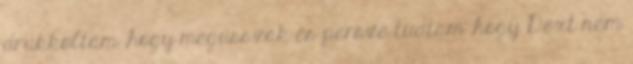
drukkoltam ,hogy megússzak és persze tudtam ,hogy Dext nem